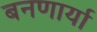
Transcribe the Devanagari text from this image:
बनणार्या